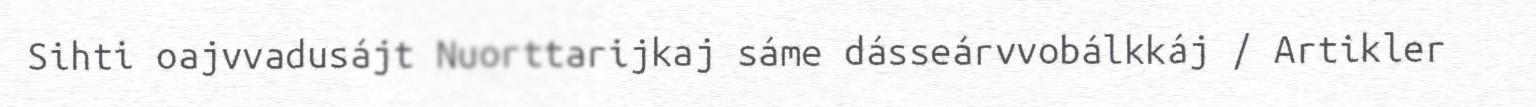
Sihti oajvvadusájt Nuorttarijkaj sáme dásseárvvobálkkáj / Artikler